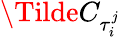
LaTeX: \Tilde{C}_{\tau_{i}^{j}}